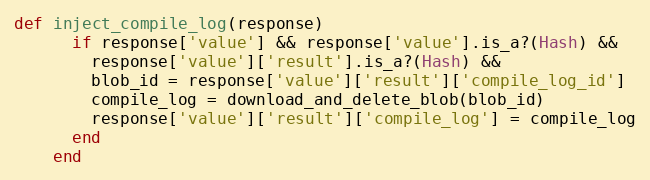
Language: Ruby
def inject_compile_log(response)
      if response['value'] && response['value'].is_a?(Hash) &&
        response['value']['result'].is_a?(Hash) &&
        blob_id = response['value']['result']['compile_log_id']
        compile_log = download_and_delete_blob(blob_id)
        response['value']['result']['compile_log'] = compile_log
      end
    end